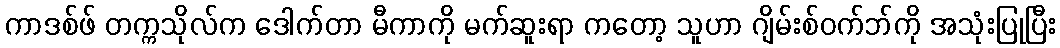
ကာဒစ်ဖ် တက္ကသိုလ်က ဒေါက်တာ မီကာကို မက်ဆူးရာ ကတော့ သူဟာ ဂျိမ်းစ်ဝက်ဘ်ကို အသုံးပြုပြီး